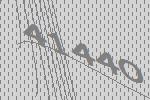
41440